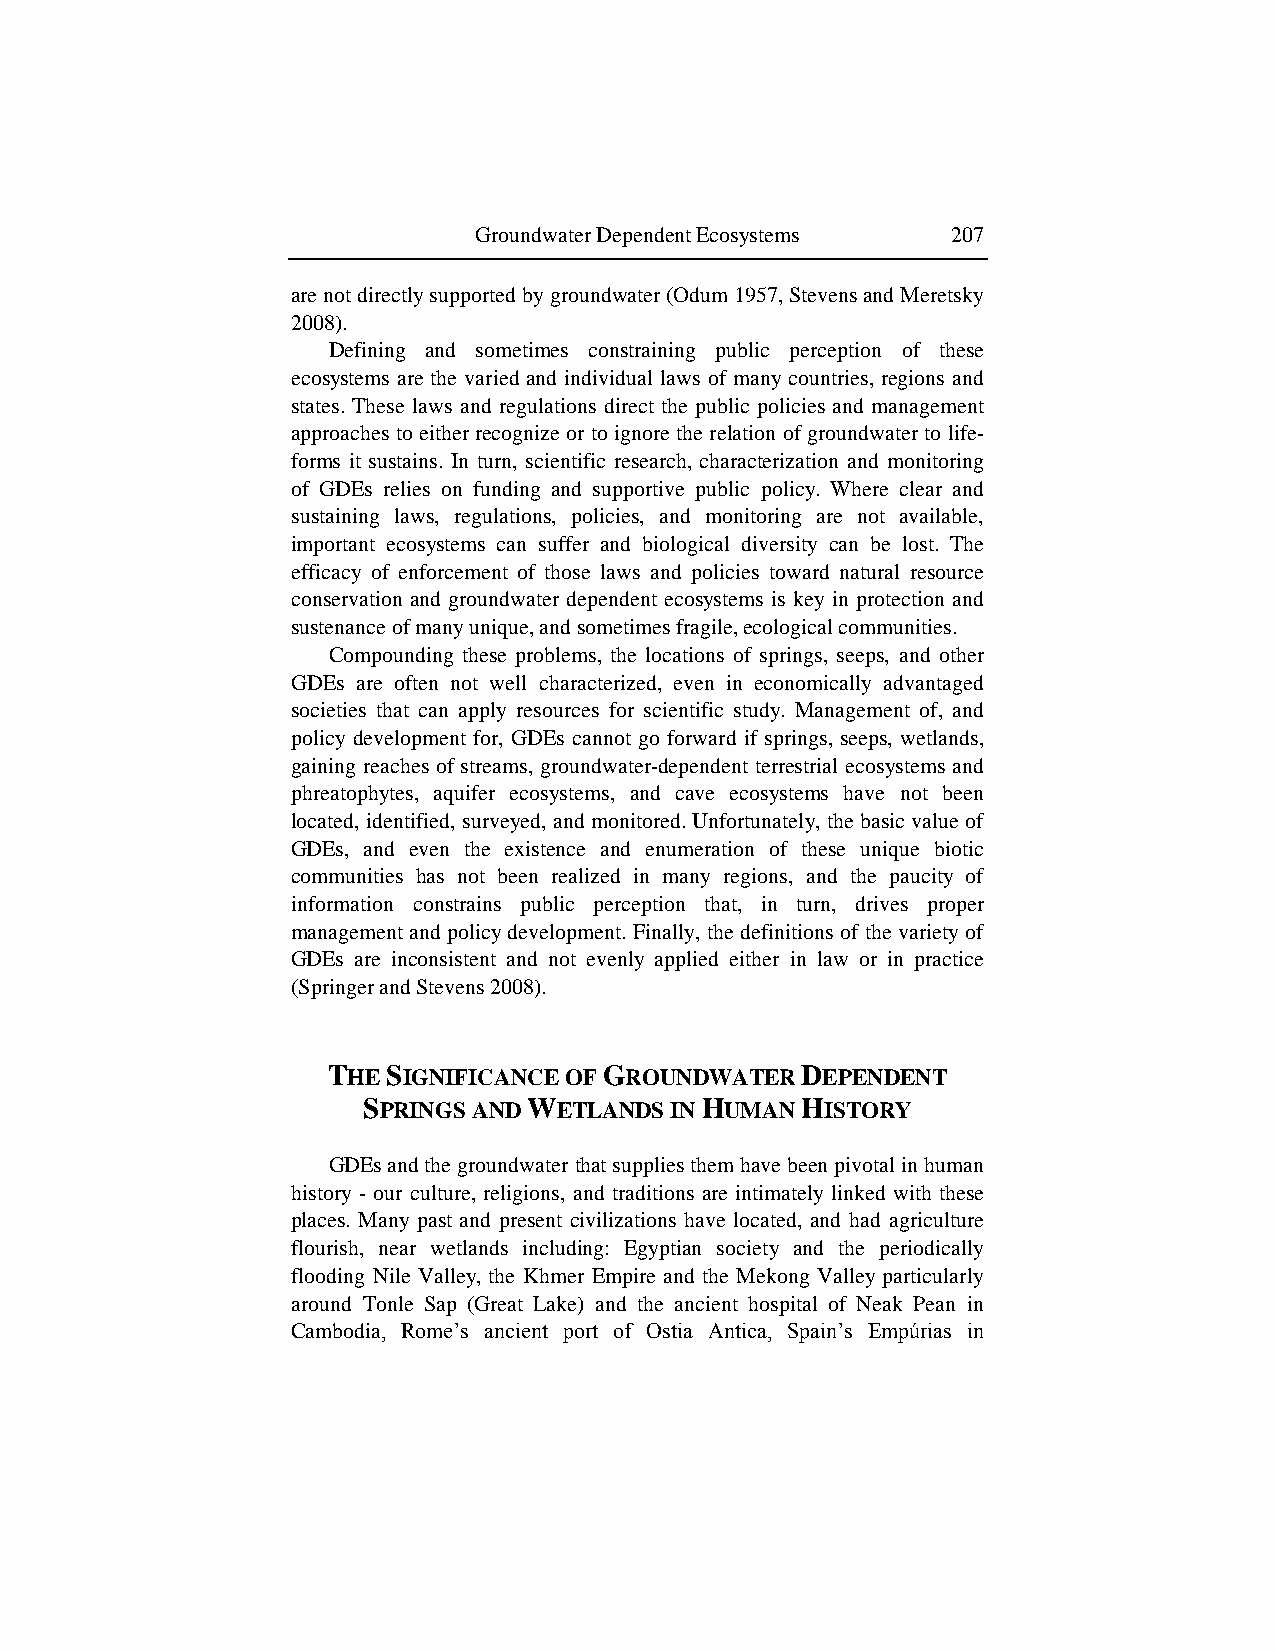
Groundwater Dependent Ecosystems 207
 are not directly supported by groundwater (Odum 1957, Stevens and Meretsky
 2008).
 Defining and sometimes constraining public perception of these
 ecosystems are the varied and individual laws of many countries, regions and
 states. These laws and regulations direct the public policies and management
 approaches to either recognize or to ignore the relation of groundwater to life-
 forms it sustains. In turn, scientific research, characterization and monitoring
 of GDEs relies on funding and supportive public policy. Where clear and
 sustaining laws, regulations, policies, and monitoring are not available,
 important ecosystems can suffer and biological diversity can be lost. The
 efficacy of enforcement of those laws and policies toward natural resource
 conservation and groundwater dependent ecosystems is key in protection and
 sustenance of many unique, and sometimes fragile, ecological communities.
 Compounding these problems, the locations of springs, seeps, and other
 GDEs are often not well characterized, even in economically advantaged
 societies that can apply resources for scientific study. Management of, and
 policy development for, GDEs cannot go forward if springs, seeps, wetlands,
 gaining reaches of streams, groundwater-dependent terrestrial ecosystems and
 phreatophytes, aquifer ecosystems, and cave ecosystems have not been
 located, identified, surveyed, and monitored. Unfortunately, the basic value of
 GDEs, and even the existence and enumeration of these unique biotic
 communities has not been realized in many regions, and the paucity of
 information constrains public perception that, in turn, drives proper
 management and policy development. Finally, the definitions of the variety of
 GDEs are inconsistent and not evenly applied either in law or in practice
 (Springer and Stevens 2008).
 THE SIGNIFICANCE OF GROUNDWATER DEPENDENT
 SPRINGS AND WETLANDS IN HUMAN HISTORY
 GDEs and the groundwater that supplies them have been pivotal in human
 history - our culture, religions, and traditions are intimately linked with these
 places. Many past and present civilizations have located, and had agriculture
 flourish, near wetlands including: Egyptian society and the periodically
 flooding Nile Valley, the Khmer Empire and the Mekong Valley particularly
 around Tonle Sap (Great Lake) and the ancient hospital of Neak Pean in
 Cambodia, Rome‟s ancient port of Ostia Antica, Spain‟s Empúrias in